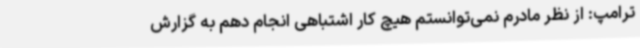
ترامپ: از نظر مادرم نمی‌توانستم هیچ کار اشتباهی انجام دهم به گزارش